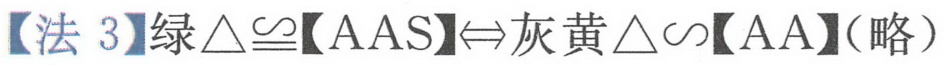
【法 3】绿\(\triangle\cong\)【AAS】\(\Leftrightarrow\)灰黄\(\triangle\sim\)【AA】（略）